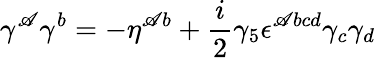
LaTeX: \gamma^{\mathscr{A}}\gamma^{b}=-\eta^{\mathscr{A}b}+{\frac{{i}}{{2}}}\gamma_{5}\epsilon^{\mathscr{A}bcd}\gamma_{c}\gamma_{d}